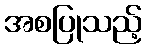
အစပြုသည့်